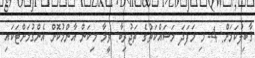
ޤާބިލުކަމަށް: 4- މި މަފަދަ މަސައްކަތުގެ ތަޖުރިބާ: ވީމާ މިކަން އާންމުކޮށް އެންގުމަށްޓަކައި